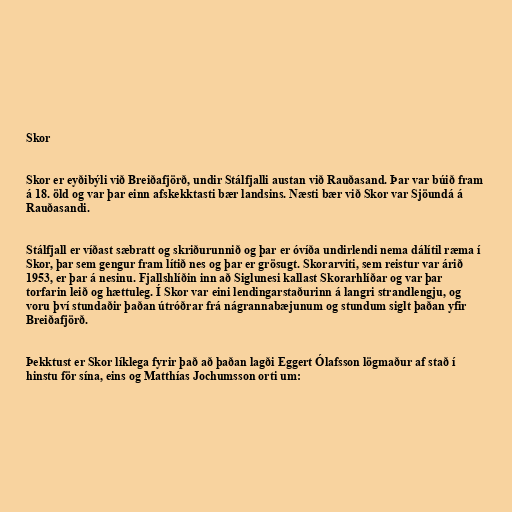
Skor

Skor er eyðibýli við Breiðafjörð, undir Stálfjalli austan við Rauðasand. Þar var búið fram
á 18. öld og var þar einn afskekktasti bær landsins. Næsti bær við Skor var Sjöundá á
Rauðasandi.

Stálfjall er víðast sæbratt og skriðurunnið og þar er óvíða undirlendi nema dálítil ræma í
Skor, þar sem gengur fram lítið nes og þar er grösugt. Skorarviti, sem reistur var árið
1953, er þar á nesinu. Fjallshlíðin inn að Siglunesi kallast Skorarhlíðar og var þar
torfarin leið og hættuleg. Í Skor var eini lendingarstaðurinn á langri strandlengju, og
voru því stundaðir þaðan útróðrar frá nágrannabæjunum og stundum siglt þaðan yfir
Breiðafjörð.

Þekktust er Skor líklega fyrir það að þaðan lagði Eggert Ólafsson lögmaður af stað í
hinstu för sína, eins og Matthías Jochumsson orti um: